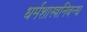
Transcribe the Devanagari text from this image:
धर्मशास्त्रनिबन्ध